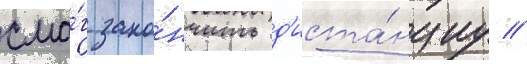
смо́г зако́нчить д'иста́нциу //